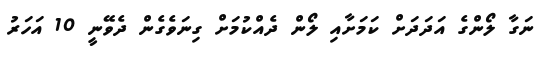
ނަގާ ލޯންގެ އަދަދަށް ކަމަށާއި ލޯން ދެއްކުމަށް ގިނަވެގެން ދެވޭނީ 10 އަހަރު